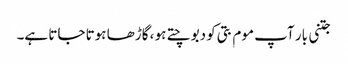
جتنی بار آپ موم بتی کو دبوچتے ہو ، گاڑھا ہوتا جاتا ہے۔